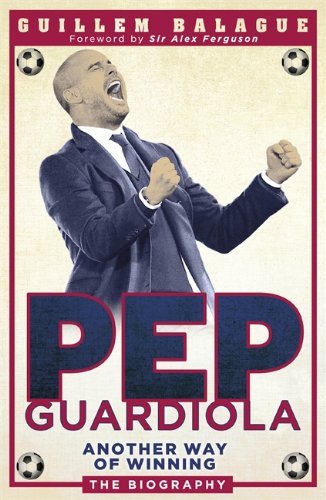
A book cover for Pep Guardiola: Another Way of Winning; Guillem Balague; Biographies & Memoirs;